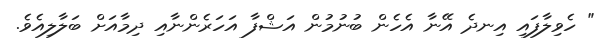
" ހެވިލާފައި އިނދެ އޭނާ އެހެން ބުނުމުން އަޝްފާ އަހަރެންނާއި ދިމާއަށް ބަލާލިއެވެ.